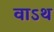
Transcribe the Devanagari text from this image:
वाऽथ